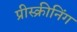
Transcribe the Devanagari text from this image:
प्रीस्क्रीनिंग